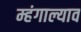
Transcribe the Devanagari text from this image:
म्हंगाल्याव